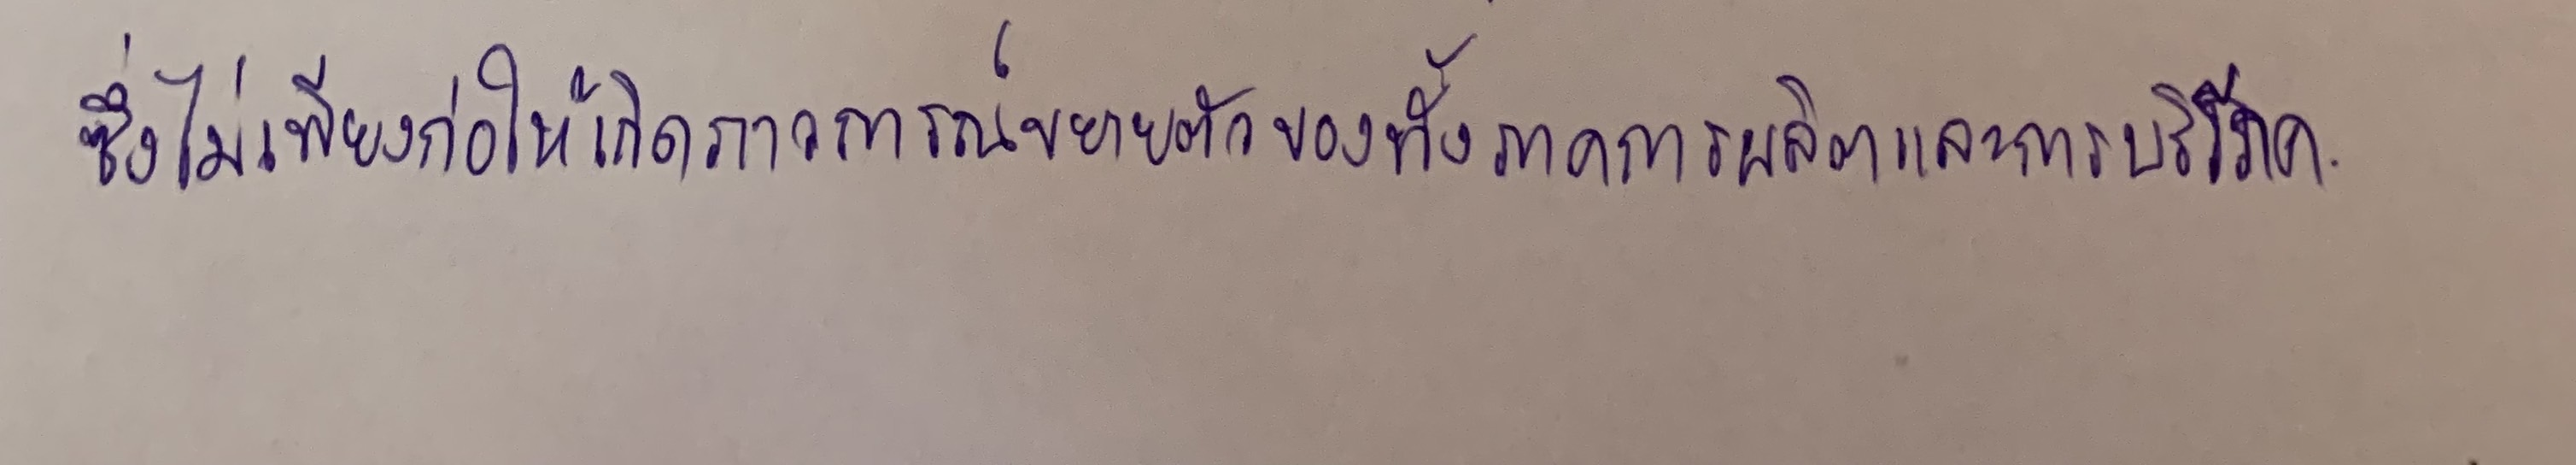
ซึ่งไม่เพียงก่อให้เกิดภาวการณ์ขยายตัวของทั้งภาคการผลิตและการบริโภค